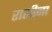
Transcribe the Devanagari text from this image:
राशीना